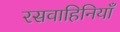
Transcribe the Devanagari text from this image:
रसवाहिनियाँ